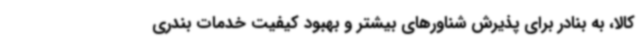
کالا، به بنادر برای پذیرش شناورهای بیشتر و بهبود کیفیت خدمات بندری